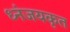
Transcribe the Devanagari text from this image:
ध्नंजयकृत